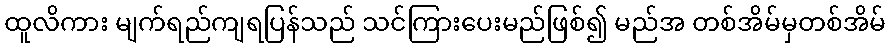
ထူလိကား မျက်ရည်ကျရပြန်သည် သင်ကြားပေးမည်ဖြစ်၍ မည်အ တစ်အိမ်မှတစ်အိမ်